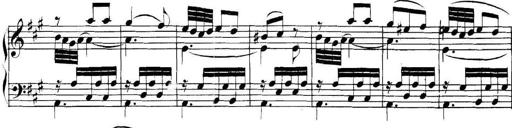
Title: Collected Piano Sonatas
Composer: Muzio Clementi